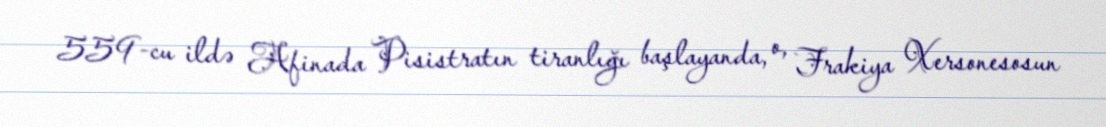
559-cu ildə Afinada Pisistratın tiranlığı başlayanda, o, Frakiya Xersonesosun